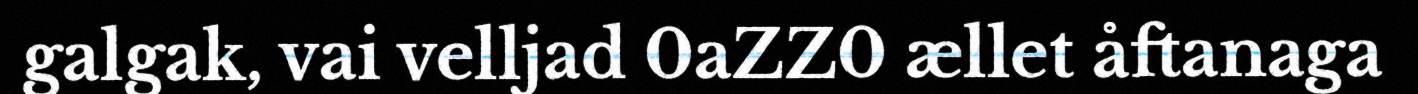
galgak, vai velljad 0aZZ0 ællet åftanaga